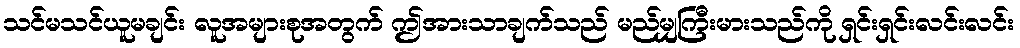
သင်မသင်ယူမချင်း လူအများစုအတွက် ဤအားသာချက်သည် မည်မျှကြီးမားသည်ကို ရှင်းရှင်းလင်းလင်း